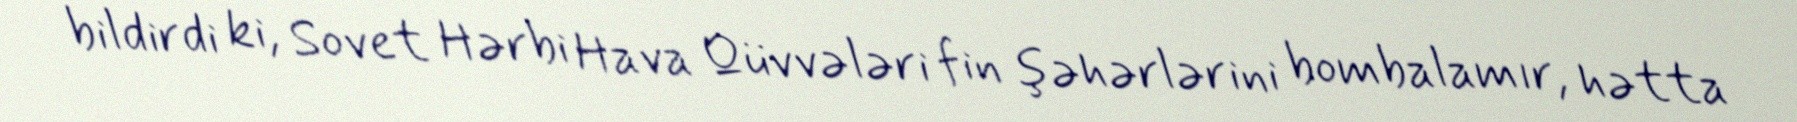
bildirdi ki, Sovet Hərbi Hava Qüvvələri fin şəhərlərini bombalamır, hətta